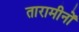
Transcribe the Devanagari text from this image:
तारामीनों